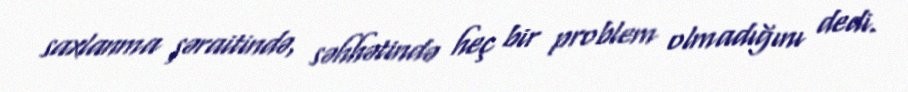
saxlanma şəraitində, səhhətində heç bir problem olmadığını dedi.